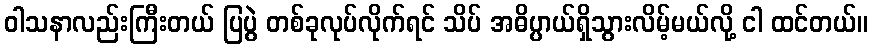
ဝါသနာလည်းကြီးတယ် ပြပွဲ တစ်ခုလုပ်လိုက်ရင် သိပ် အဓိပ္ပာယ်ရှိသွားလိမ့်မယ်လို့ ငါ ထင်တယ်။